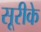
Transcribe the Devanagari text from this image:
सूरीके